Annual report on the health of the army in India
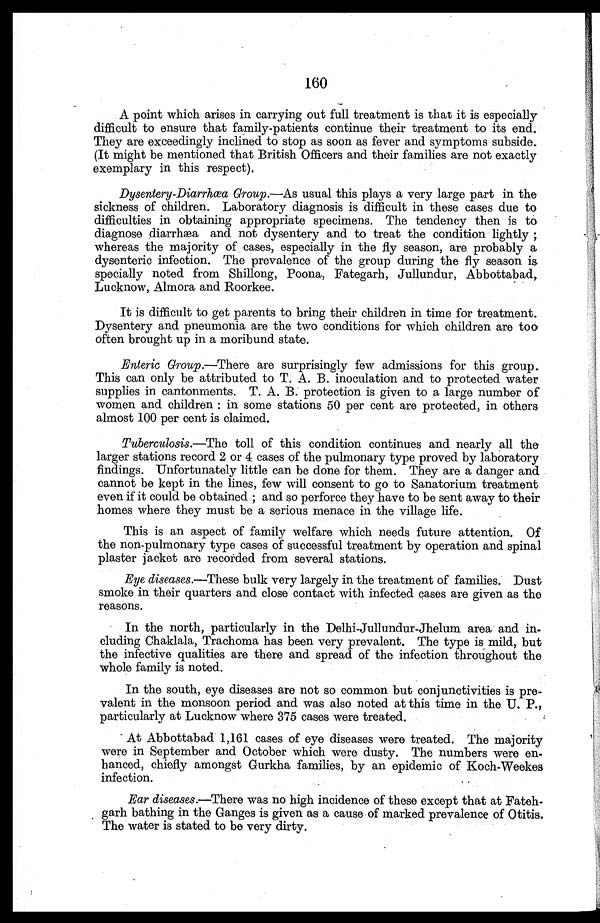
160
A point which arises in carrying out full treatment is that it is especially
difficult to ensure that family-patients continue their treatment to its end.
They are exceedingly inclined to stop as soon as fever and symptoms subside.
(It might be mentioned that British Officers and their families are not exactly
exemplary in this respect).
Dysentery-Diarrhœa Group.—As usual this plays a very large part in the
sickness of children. Laboratory diagnosis is difficult in these cases due to
difficulties in obtaining appropriate specimens. The tendency then is to
diagnose diarrhæa and not dysentery and to treat the condition lightly;
whereas the majority of cases, especially in the fly season, are probably a
dysenteric infection. The prevalence of the group during the fly season is
specially noted from Shillong, Poona, Fategarh, Jullundur, Abbottabad,
Lucknow, Almora and Roorkee.
It is difficult to get parents to bring their children in time for treatment.
Dysentery and pneumonia are the two conditions for which children are too
often brought up in a moribund state.
Enteric Group.—There are surprisingly few admissions for this group.
This can only be attributed to T. A. B. inoculation and to protected water
supplies in cantonments. T. A. B. protection is given to a large number of
women and children: in some stations 50 per cent are protected, in others
almost 100 per cent is claimed.
Tuberculosis.—The toll of this condition continues and nearly all the
larger stations record 2 or 4 cases of the pulmonary type proved by laboratory
findings. Unfortunately little can be done for them. They are a danger and
cannot be kept in the lines, few will consent to go to Sanatorium treatment
even if it could be obtained; and so perforce they have to be sent away to their
homes where they must be a serious menace in the village life.
This is an aspect of family welfare which needs future attention. Of
the non-pulmonary type cases of successful treatment by operation and spinal
plaster jacket are recorded from several stations.
Eye diseases.—These bulk very largely in the treatment of families. Dust
smoke in their quarters and close contact with infected cases are given as the
reasons.
In the north, particularly in the Delhi-Jullundur-Jhelum area and in
- c l u d i n g C h a k l a l a , T r a c h o m a h a s b e e n v e r y p r e v a l e n t . T h e t y p e i s m i l d , b u t
the infective qualities are there and spread of the infection throughout the
whole family is noted.
In the south, eye diseases are not so common but conjunctivities is pre
- v a l e n t i n t h e m o n s o o n p e r i o d a n d w a s a l s o n o t e d a t t h i s t i m e i n t h e U . P . ,
particularly at Lucknow where 375 cases were treated.
At Abbottabad 1,161 cases of eye diseases were treated. The majority
were in September and October which were dusty. The numbers were en
- h a n c e d , c h i e f l y a m o n g s t G u r k h a f a m i l i e s , b y a n e p i d e m i c o f K o c h - W e e k e s
infection.
Ear diseases.—There was no high incidence of these except that at Fateh
-garh bathing in the Ganges is given as a cause of marked prevalence of Otitis.
The water is stated to be very dirty.